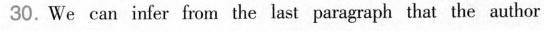
30. We cau infer fom the last parsgaph that the ahor